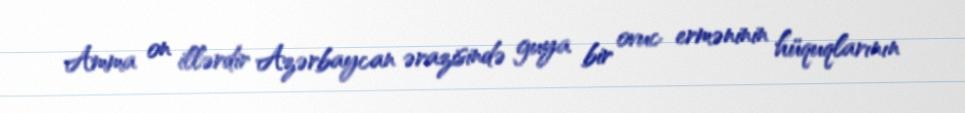
Amma on illərdir Azərbaycan ərazisində guya bir ovuc erməninin hüquqlarının